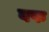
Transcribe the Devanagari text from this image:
वफ